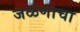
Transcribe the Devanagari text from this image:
जळणाचा